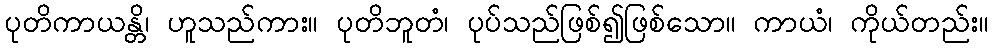
ပုတိကာယန္တိ၊ ဟူသည်ကား။ ပုတိဘူတံ၊ ပုပ်သည်ဖြစ်၍ဖြစ်သော။ ကာယံ၊ ကိုယ်တည်း။